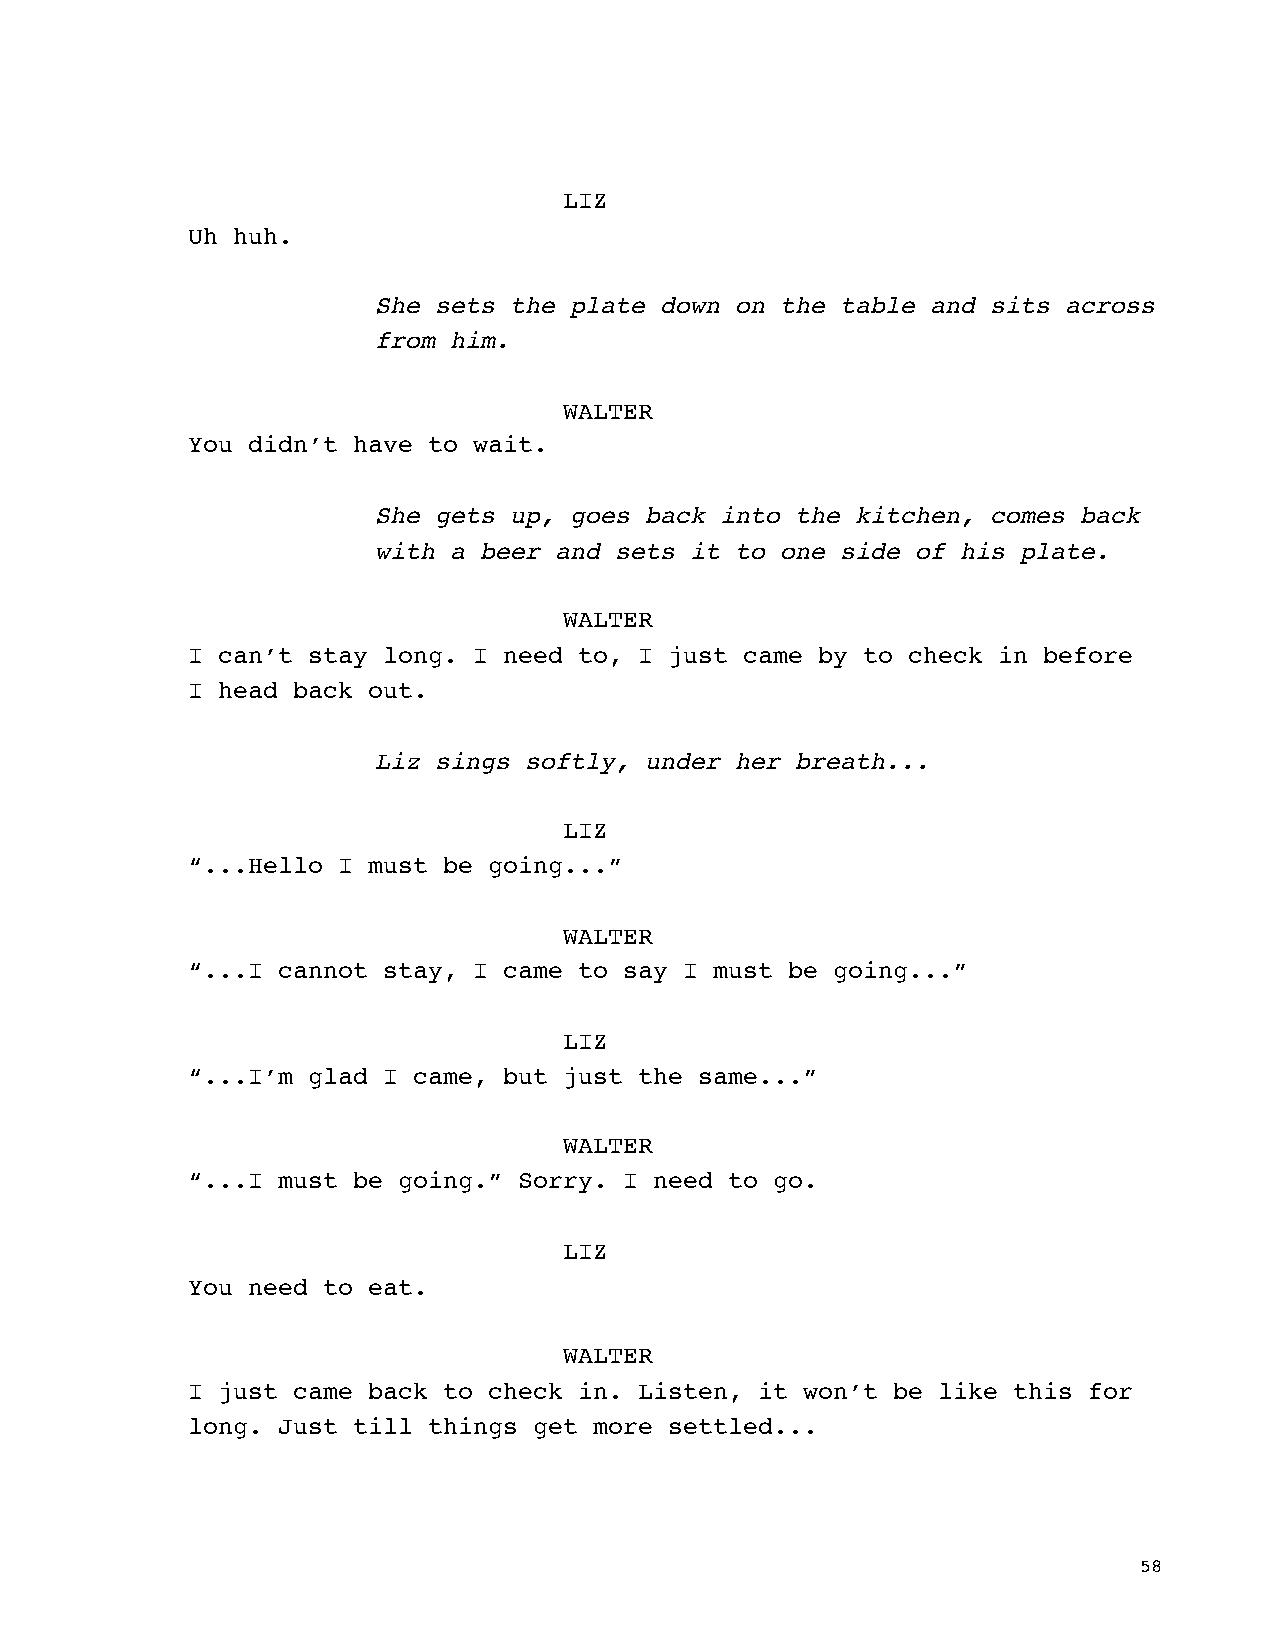
LIZ
 Uh huh.
 She sets the plate down on the table and sits across
 from him.
 WALTER
 You didn’t have to wait.
 She gets up, goes back into the kitchen, comes back
 with a beer and sets it to one side of his plate.
 WALTER
 I can’t stay long. I need to, I just came by to check in before
 I head back out.
 Liz sings softly, under her breath...
 LIZ
 “...Hello I must be going...”
 WALTER
 “...I cannot stay, I came to say I must be going...”
 LIZ
 “...I’m glad I came, but just the same...”
 WALTER
 “...I must be going.” Sorry. I need to go.
 LIZ
 You need to eat.
 WALTER
 I just came back to check in. Listen, it won’t be like this for
 long. Just till things get more settled...
 58